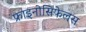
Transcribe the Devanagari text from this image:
फ्राइनोसिफेलस